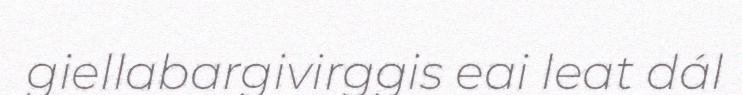
giellabargivirggis eai leat dál